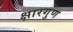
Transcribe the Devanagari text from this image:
क्षारगुण